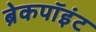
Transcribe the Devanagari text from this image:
ब्रेकपॉइंट